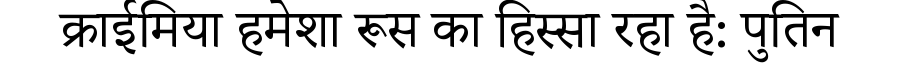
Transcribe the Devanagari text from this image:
क्राईमिया हमेशा रूस का हिस्सा रहा है: पुतिन